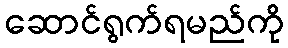
ဆောင်ရွက်ရမည်ကို